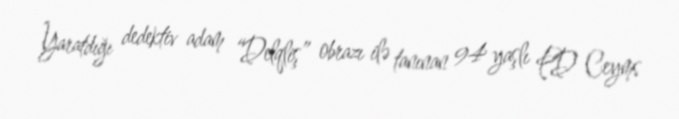
Yaratdığı dedektiv adam “Delqliş” obrazı ilə tanınan 94 yaşlı PD Ceyms